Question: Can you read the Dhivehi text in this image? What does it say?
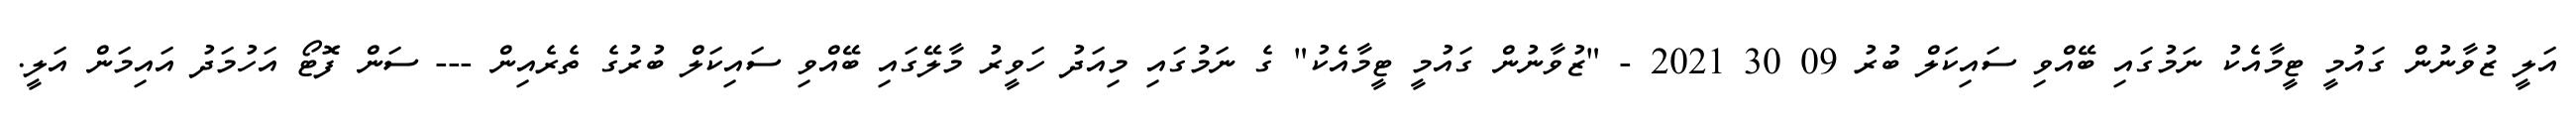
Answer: އަލީ ޒުވާނުން ގައުމީ ޓީމާއެކު ނަމުގައި ބޭއްވި ސައިކަލް ބުރު 09 30 2021 - "ޒުވާނުން ގައުމީ ޓީމާއެކު" ގެ ނަމުގައި މިއަދު ހަވީރު މާލޭގައި ބޭއްވި ސައިކަލް ބުރުގެ ތެރެއިން --- ސަން ފޮޓޯ އަހުމަދު އައިމަން އަލީ.